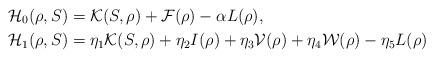
LaTeX: \begin{align*}&\mathcal H_0(\rho,S)=\mathcal K(S,\rho)+\mathcal F(\rho)-\alpha L(\rho),\;\\&\mathcal H_1(\rho,S)=\eta_1 \mathcal K(S,\rho)+\eta_2 I(\rho)+\eta_3\mathcal V(\rho)+\eta_4\mathcal W(\rho)-\eta_5 L(\rho) \end{align*}